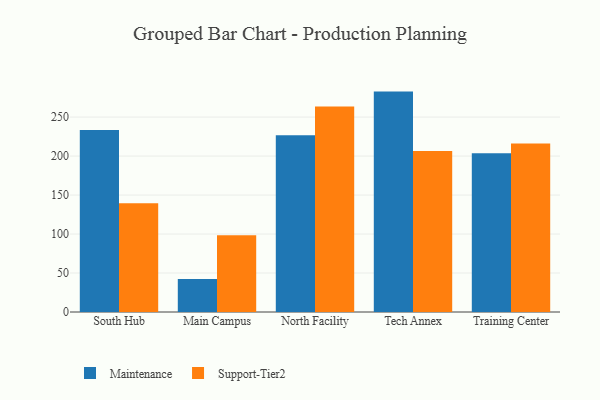
{"axis": {"x": "Campus", "y": "Churn Rate (%)"}, "legend": ["Maintenance", "Support-Tier2"], "data": [{"x": "South Hub", "y": 233.3, "type": "Maintenance"}, {"x": "South Hub", "y": 139.4, "type": "Support-Tier2"}, {"x": "Main Campus", "y": 42.4, "type": "Maintenance"}, {"x": "Main Campus", "y": 98.3, "type": "Support-Tier2"}, {"x": "North Facility", "y": 226.8, "type": "Maintenance"}, {"x": "North Facility", "y": 263.5, "type": "Support-Tier2"}, {"x": "Tech Annex", "y": 282.7, "type": "Maintenance"}, {"x": "Tech Annex", "y": 206.6, "type": "Support-Tier2"}, {"x": "Training Center", "y": 203.5, "type": "Maintenance"}, {"x": "Training Center", "y": 216.0, "type": "Support-Tier2"}]}